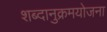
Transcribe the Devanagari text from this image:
शब्दानुक्रमयोजना